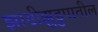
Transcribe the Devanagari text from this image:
झाडीझुडुपातील